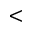
\less